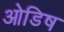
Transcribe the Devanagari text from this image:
ओडिष